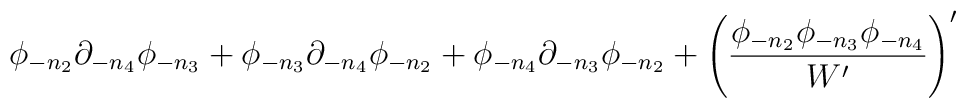
\phi_{-n_2}\partial_{-n_4}\phi_{-n_3} +\phi_{-n_3}\partial_{-n_4}\phi_{-n_2} +\phi_{-n_4}\partial_{-n_3}\phi_{-n_2} +\left({\phi_{-n_2}\phi_{-n_3}\phi_{-n_4}\over W'}\right)'